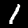
Digit: 1